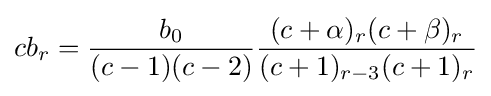
cb_{r}={\frac {b_{0}}{(c-1)(c-2)}}{\frac {(c+\alpha )_{r}(c+\beta )_{r}}{(c+1)_{r-3}(c+1)_{r}}}